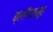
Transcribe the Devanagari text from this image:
ब्लॉगसमूह